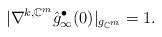
LaTeX: \begin{align*}|\nabla^{k,\mathbb{C}^m}\hat{g}^\bullet_\infty(0)|_{g_{\mathbb{C}^m}} = 1.\end{align*}